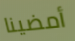
أمضينا